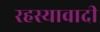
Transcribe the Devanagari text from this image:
रहस्यावादी